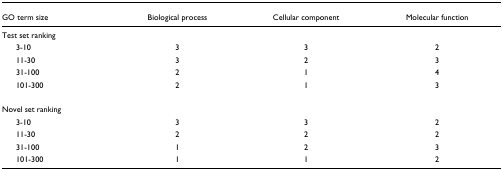
| GO term size | Biological process | Cellular component | Molecular function |
 | --- | --- | --- | --- |
 | Test set ranking |  |  |  |
 | 3-10 | 3 | 3 | 2 |
 | 11-30 | 3 | 2 | 3 |
 | 31-100 | 2 | 1 | 4 |
 | 101-300 | 2 | 1 | 3 |
 | Novel set ranking |  |  |  |
 | 3-10 | 3 | 3 | 2 |
 | 11-30 | 2 | 2 | 2 |
 | 31-100 | 1 | 2 | 3 |
 | 101-300 | 1 | 1 | 2 |